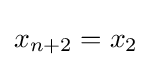
x_{n+2}=x_{2}